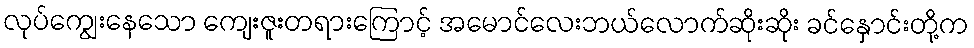
လုပ်ကျွေးနေသော ကျေးဇူးတရားကြောင့် အမောင်လေးဘယ်လောက်ဆိုးဆိုး ခင်နှောင်းတို့က